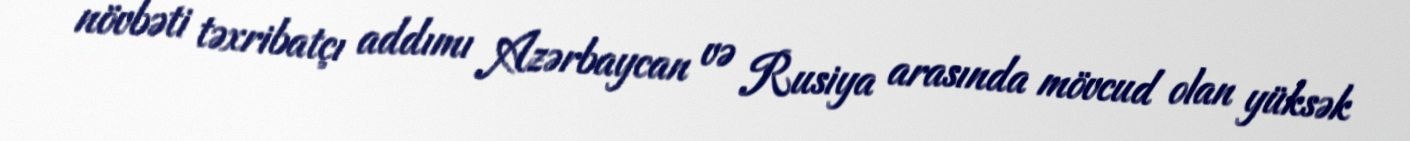
növbəti təxribatçı addımı Azərbaycan və Rusiya arasında mövcud olan yüksək